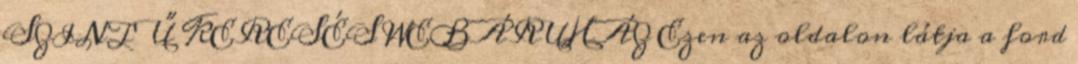
SZINTŰ KERESÉS WEBÁRUHÁZ Ezen az oldalon látja a ford